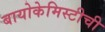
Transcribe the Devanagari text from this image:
बायोकेमिस्टीची